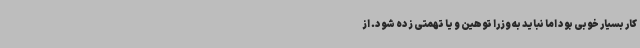
کار بسیار خوبی بود اما نباید به وزرا توهین و یا تهمتی زده شود. از